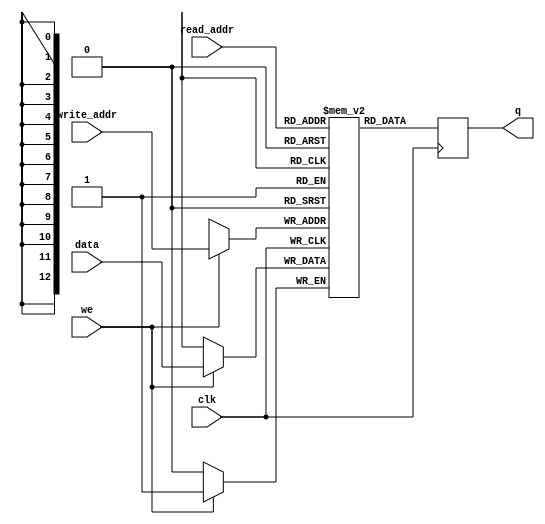
module simple_dual_port_ram_single_clock
(
	input [(DATA_WIDTH-1):0] data,
	input [(ADDR_WIDTH-1):0] read_addr, write_addr,
	input we, clk,
	output reg [(DATA_WIDTH-1):0] q
);

	parameter DATA_WIDTH = 1;
	parameter ADDR_WIDTH = 13;

	// Declare the RAM variable
	reg [DATA_WIDTH-1:0] ram[2**ADDR_WIDTH-1:0];

	always @ (posedge clk)
	begin
		// Write
		if (we)
			ram[write_addr] <= data;

		// Read (if read_addr == write_addr, return OLD data).	To return
		// NEW data, use = (blocking write) rather than <= (non-blocking write)
		// in the write assignment.	 NOTE: NEW data may require extra bypass
		// logic around the RAM.
		q <= ram[read_addr];
	end

endmodule